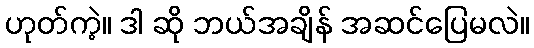
ဟုတ်ကဲ့။ ဒါ ဆို ဘယ်အချိန် အဆင်ပြေမလဲ။